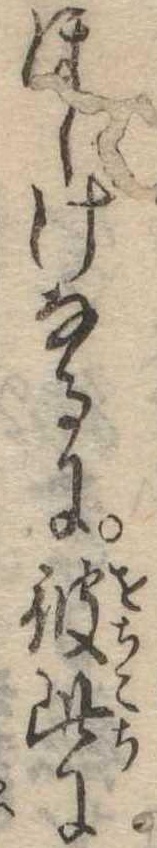
ほしげなるに彼此に